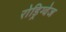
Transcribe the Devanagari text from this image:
रोड्रिग्वेज